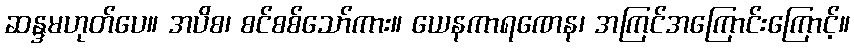
ဆန္ဒမဟုတ်ပေ။ အပိစ၊ စင်စစ်သော်ကား။ ယေနကာရဏေန၊ အကြင်အကြောင်းကြောင့်။